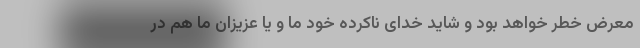
معرض خطر خواهد بود و شاید خدای ناکرده خود ما و یا عزیزان ما هم در